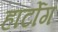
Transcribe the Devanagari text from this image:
हार्टोग